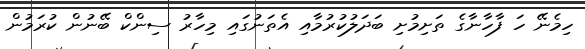
ހިމެނޭ ހަ ފާހާނާގެ ތަށިމުށި ބަދަލުކުރުމާއި އެތަނުގައި މިހާރު ސިންކް ބޭނުން ކުރަމުން